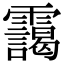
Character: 靄